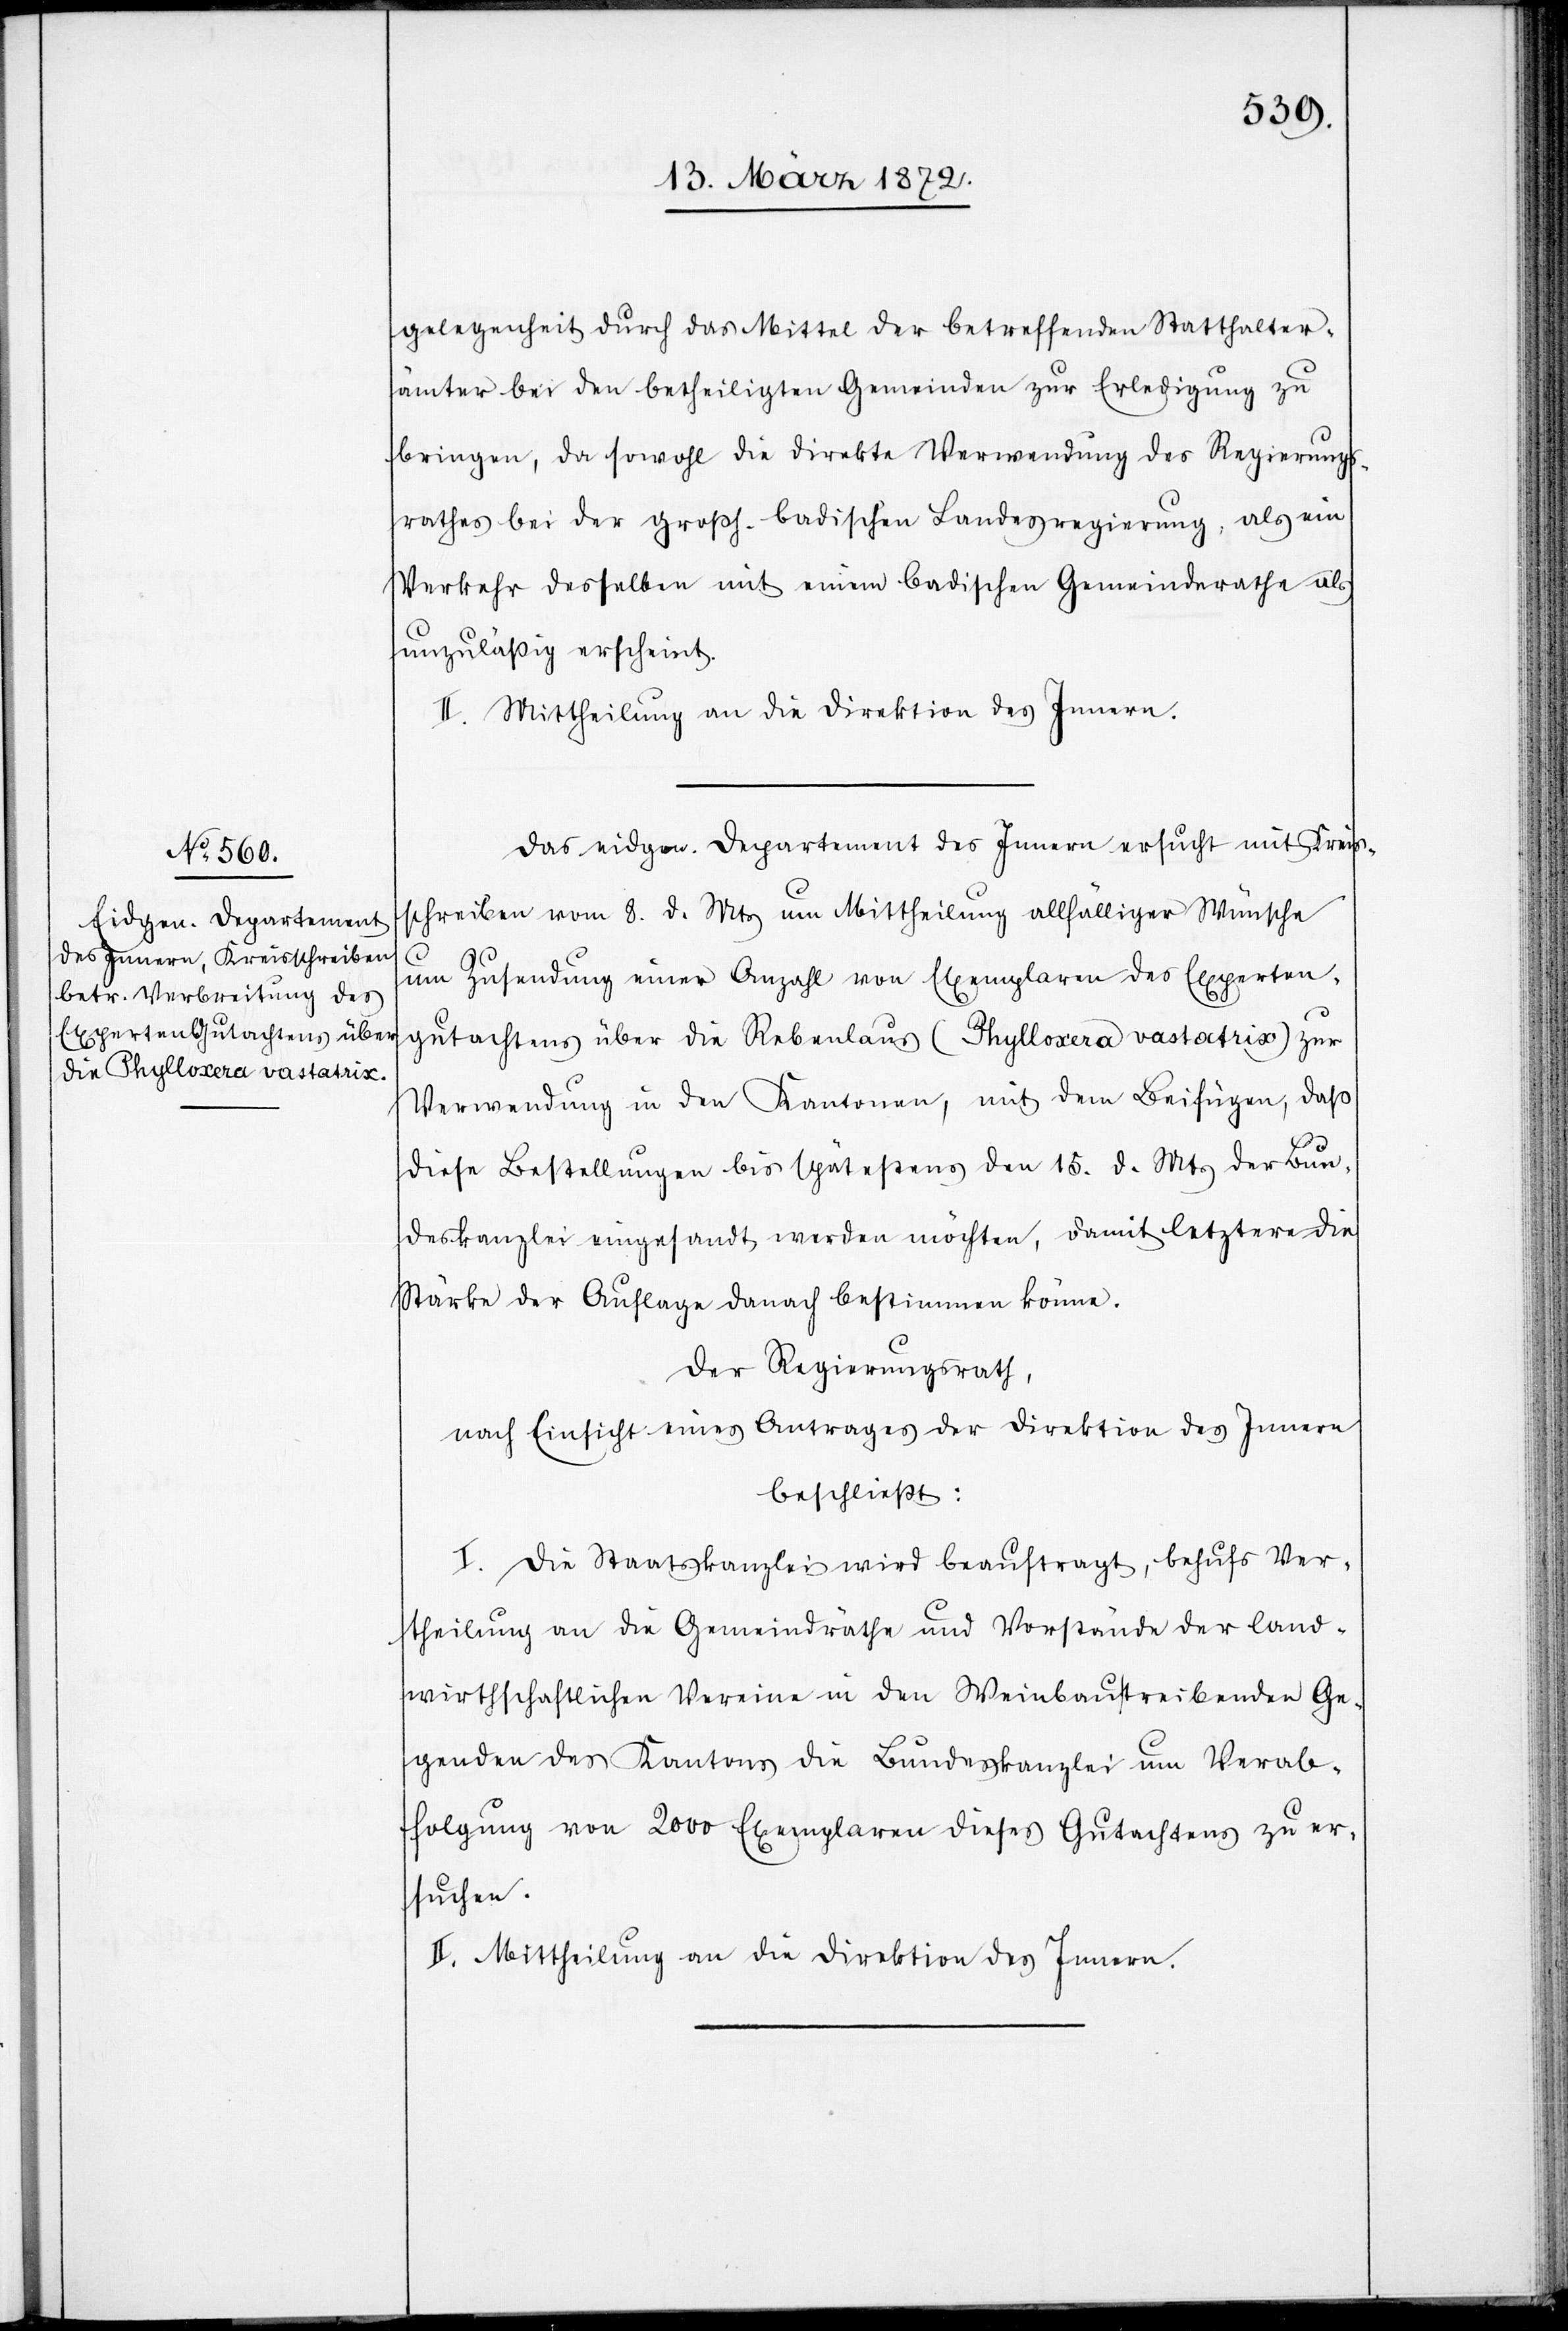
gelegenheit durch das Mittel der betreffenden Statthalter¬
ämter bei den betheiligten Gemeinden zur Erledigung zu
bringen, da sowohl die direkte Verwendung des Regierungs¬
rathes bei der großh. badischen Landesregierung, als ein
Verkehr desselben mit einem badischen Gemeindrathe als
unzuläßig erscheint.
II. Mittheilung an die Direktion des Innern.
Das eidgen. Departement des Innern ersucht mit Kreis¬
schreiben vom 8. d. Mts um Mittheilung allfälliger Wünsche
um Zusendung einer Anzahl von Exemplaren des Experten¬
gutachtens über die Rebenlaus (Phylloxera vastatrix) zur
Verwendung in den Kantonen, mit dem Beifügen, daß
diese Bestellungen bis spätestens den 15. d. Mts der Bun¬
deskanzlei eingesandt werden möchte, damit letztere die
Stärke der Auflage danach bestimmen könne.
Der Regierungsrath,
nach Einsicht eines Antrages der Direktion des Innern
beschließt:
I. Die Staatskanzlei wird beauftragt, behufs Ver¬
theilung an die Gemeindräthe und Vorstände der land¬
wirthschaftlichen Vereine in den Weinbau treibenden Ge¬
genden des Kantons die Bundeskanzlei um Verab¬
folgung von 2000 Exemplaren dieses Gutachtens zu er¬
suchen.
II. Mittheilung an die Direktion des Innern.